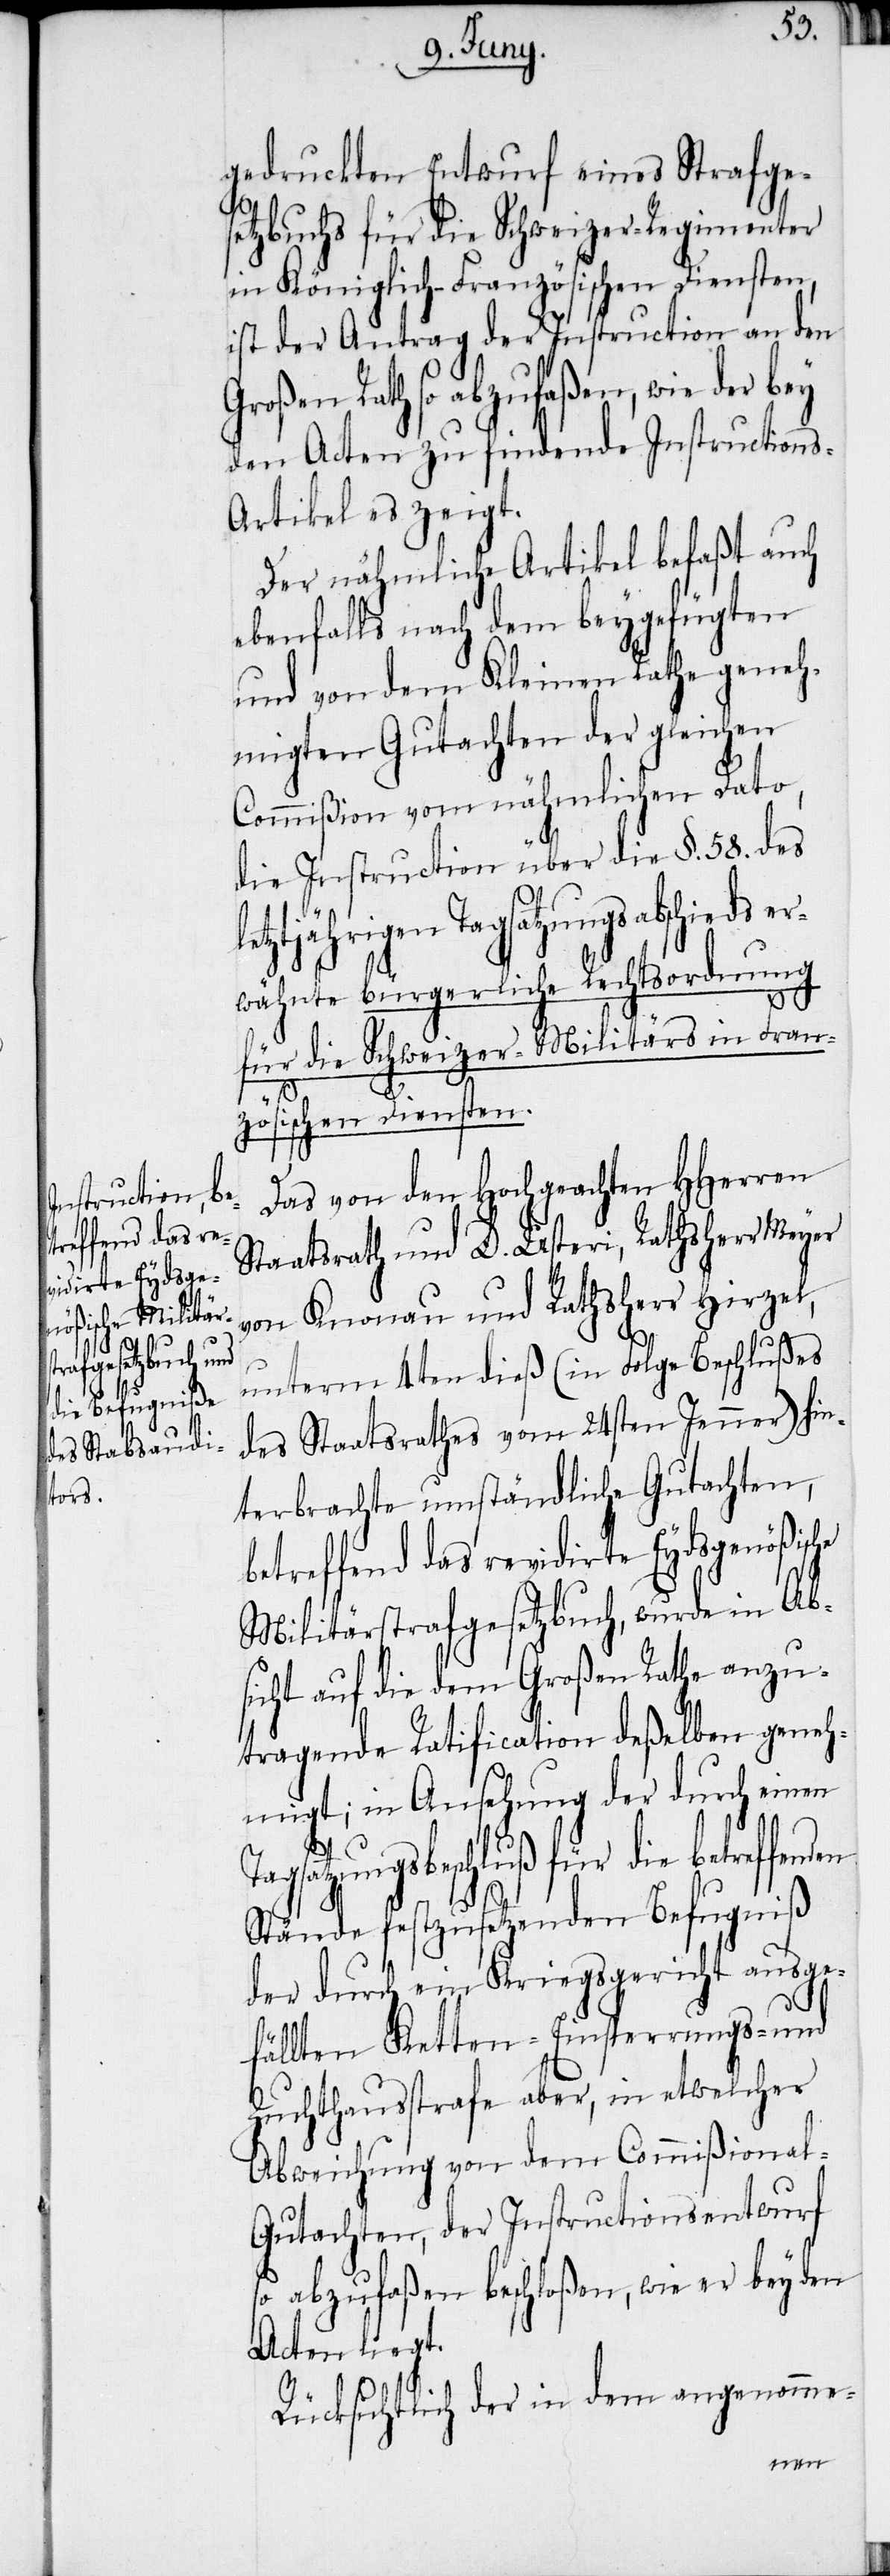
le¬
Tag¬

gedruckten Entwurf eines Strafges¬
etzbuchs für die Schweizer-Regimenter
in Königlich-Französischen Diensten,
ist der Antrag der Instruction an den
Großen Rath so abzufaßen, wie der bey
den Acten zu findende Instructions-A¬
rtikel es zeigt.
Der nähmliche Artikel befaßt auch
ebenfalls nach dem beygefügten
und von dem Kleinen Rathe geneh¬
migten Gutachten der gleichen
Commißion vom nähmlichen Dato,
die Instruction über die §. 58. des
tztjährigen Tagsatzungsabschieds
wähnte bürgerliche Rechtsordnung
er¬
für die Schweizer-Militärs in Fran¬
zösischen Diensten.
Das von den Hochgeachten HHerren
Staatsrath und D. Usteri, Rathsherr Meyer
von Knonau und Rathsherr Hirzel,
unterm 4ten dieß (in Folge Beschlußes
des Staatsrathes vom 24sten Jenner) hin¬
terbrachte umständliche Gutachten,
betreffend das revidirte Eydsgenößische
Militärstrafgesetzbuch, wurde in Ab¬
sicht auf die dem Großen Rathe anzu¬
tragende Ratification deßelben geneh¬
migt; in Ansehung der durch einen
satzungsbeschluß für die betreffe¬
Stände festzusetzenden Befugniß
der durch ein Kriegsgericht ausge¬
fällten Ketten- Einsperrungs- und
Zuchthausstrafe aber, in etwelcher
Abweichung von dem Commißional-G¬
utachten, der Instructionsentwurf
so abzufaßen beschloßen, wie er bey den
Acten liegt.
Rücksichtlich der in dem angenomme-
nden